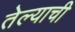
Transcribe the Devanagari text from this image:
तेल्याची